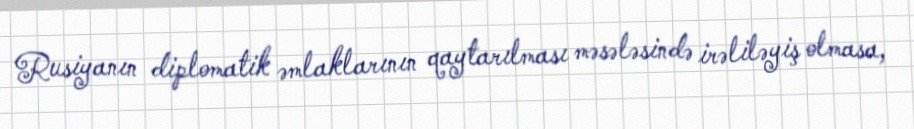
Rusiyanın diplomatik əmlaklarının qaytarılması məsələsində irəliləyiş olmasa,